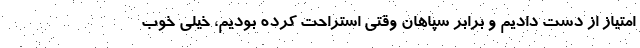
امتیاز از دست دادیم و برابر سپاهان وقتی استراحت کرده بودیم، خیلی خوب